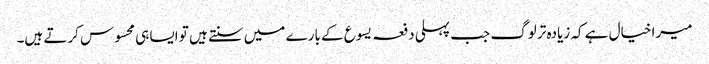
میرا خیال ہے کہ زیادہ تر لوگ جب پہلی دفعہ یسوع کے بارے میں سنتے ہیں تو ایسا ہی محسوس کرتے ہیں۔